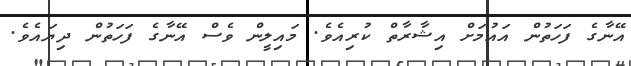
އޭނާގެ ފަހަތުން އައުމަށް އިޝާރާތް ކުރިއެވެ. މައިލީން ވެސް އޭނާގެ ފަހަތުން ދިޔައެވެ.